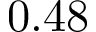
0 . 4 8